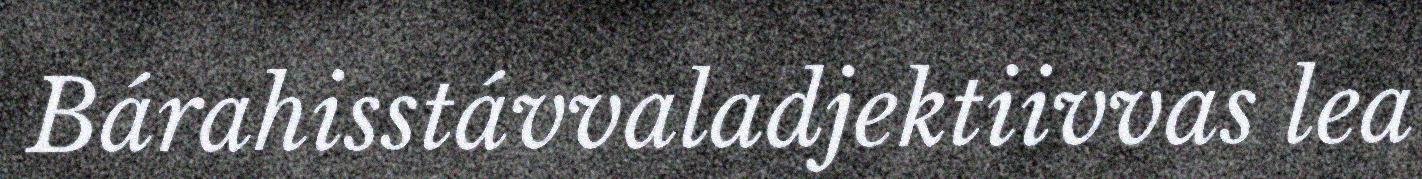
Bárahisstávvaladjektiivvas lea